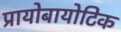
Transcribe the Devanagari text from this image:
प्रायोबायोटिक